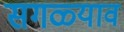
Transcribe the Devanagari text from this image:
सगळ्याव